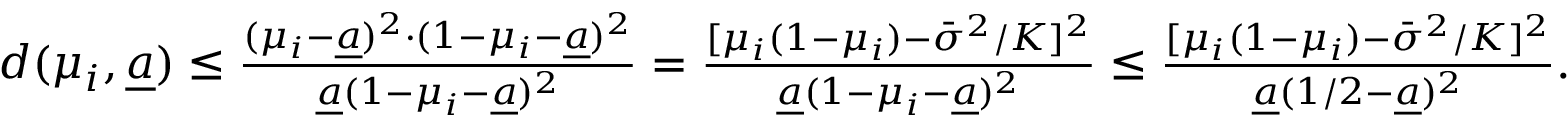
\begin{array} { r } { d ( \mu _ { i } , \underline { { a } } ) \le \frac { ( \mu _ { i } - \underline { { a } } ) ^ { 2 } \cdot ( 1 - \mu _ { i } - \underline { { a } } ) ^ { 2 } } { \underline { { a } } ( 1 - \mu _ { i } - \underline { { a } } ) ^ { 2 } } = \frac { [ \mu _ { i } ( 1 - \mu _ { i } ) - \bar { \sigma } ^ { 2 } / K ] ^ { 2 } } { \underline { { a } } ( 1 - \mu _ { i } - \underline { { a } } ) ^ { 2 } } \le \frac { [ \mu _ { i } ( 1 - \mu _ { i } ) - \bar { \sigma } ^ { 2 } / K ] ^ { 2 } } { \underline { { a } } ( 1 / 2 - \underline { { a } } ) ^ { 2 } } . } \end{array}